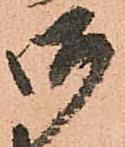
御